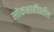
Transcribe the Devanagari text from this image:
लोकशाहीवरील